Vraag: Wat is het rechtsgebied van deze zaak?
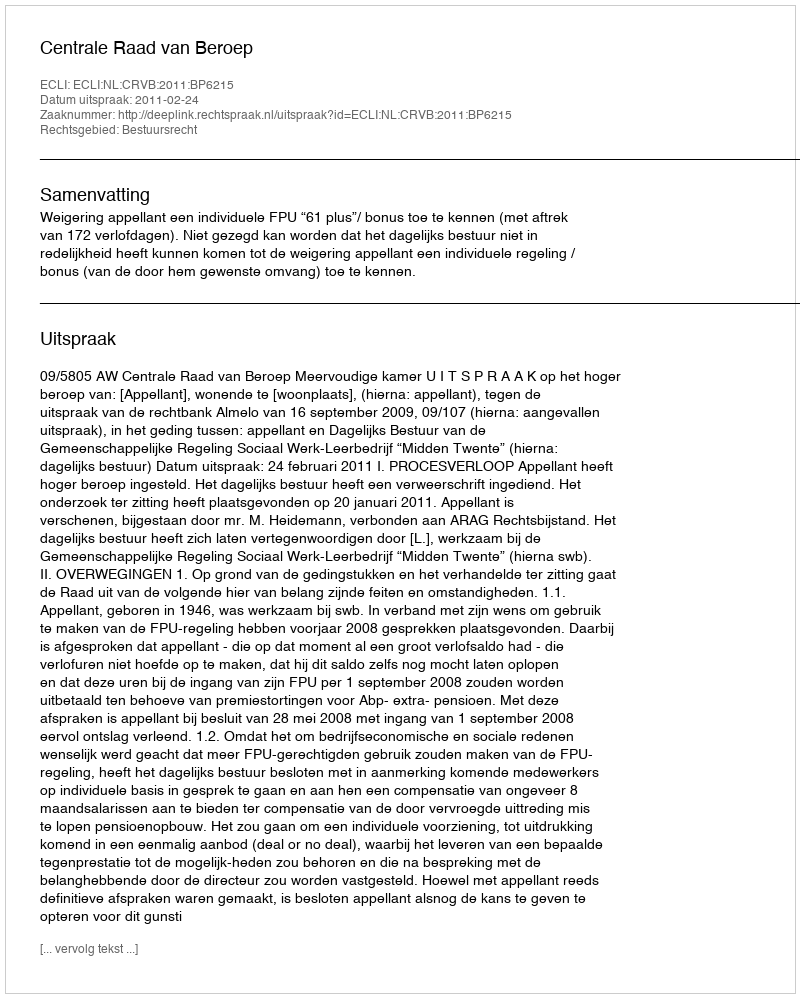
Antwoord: Bestuursrecht